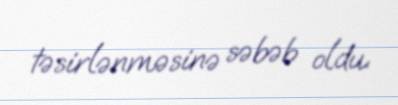
təsirlənməsinə səbəb oldu.